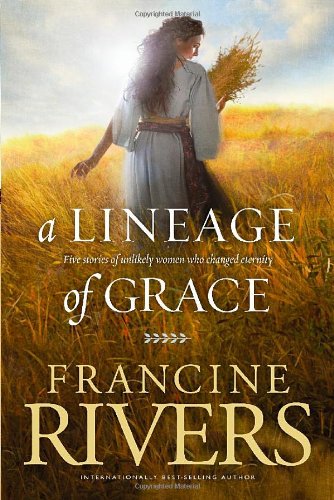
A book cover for A Lineage of Grace: Five Stories of Unlikely Women Who Changed Eternity; Francine Rivers; Literature & Fiction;